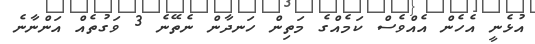
އުޅެނީ އެހެން އެއްވެސް ކަމެއްގެ މަތިން ހަނދާން ނެތޭނެ 3 ވަގުތެއް އަންނާނެ